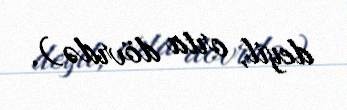
deyil, orta dövrdə).